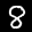
Label: 8